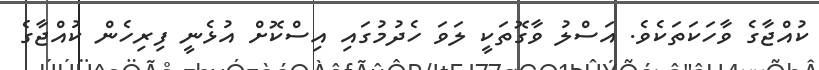
ކުއްޖާގެ ވާހަކަތަކެވެ. އަސްލު ވާގޮތަކީ ލަވަ ހެދުމުގައި އިސްކޮށް އުޅެނީ ފިރިހެން ކުއްޖާގެ